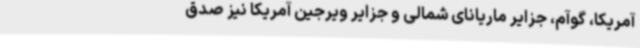
آمریکا، گوآم، جزایر ماریانای شمالی و جزایر ویرجین آمریکا نیز صدق